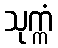
သုက္ကံ